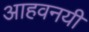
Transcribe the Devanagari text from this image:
आहवनयी